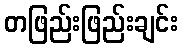
တဖြည်းဖြည်းချင်း